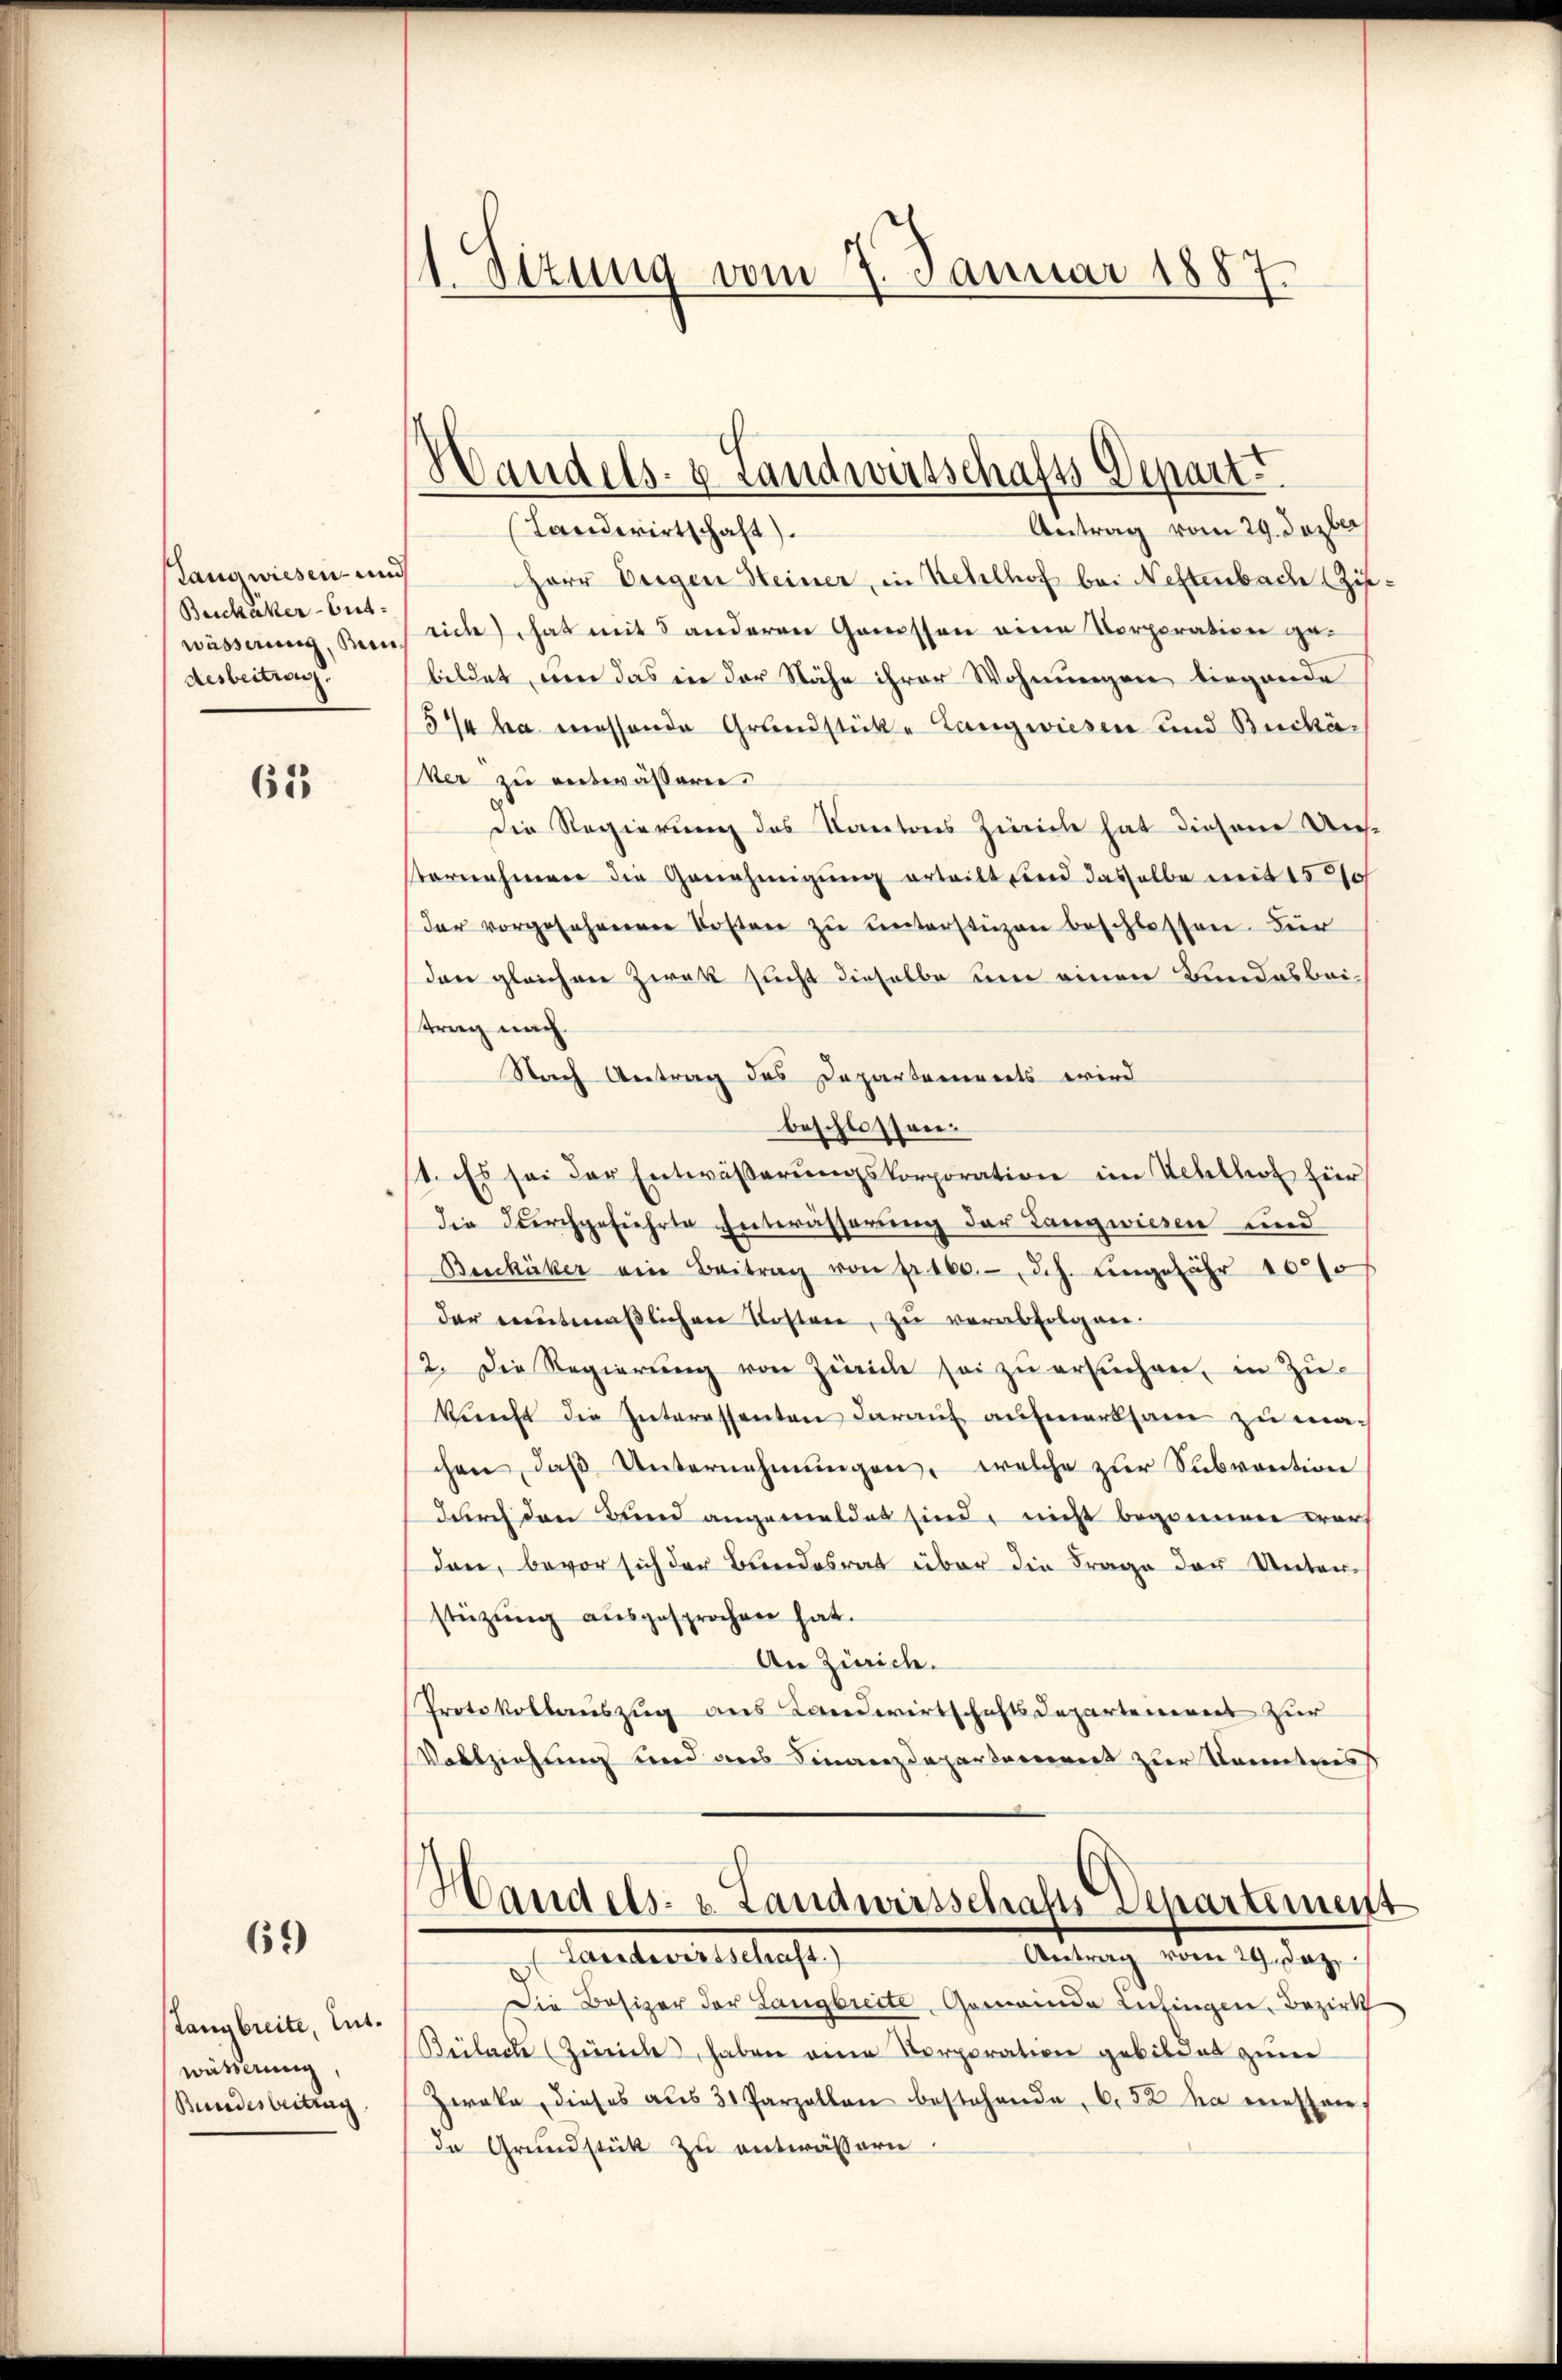
Langwiesen- und
Buchaker-Entdesbeitrag

613

69)

Antrag vom 29. Dezbr
Landwirtschaft).
Herr Weigen Heiner, in Kehlhof bei Neftenbach Ziwässerung, den sich hat mit Sanderen Genossen eine Corporation gebildet, um das in der Nähe ihrer Wohnungen liegende
5% ha messende Grundstücke Langwiesen und Buchä¬
Ver zu entwässern.
die Regierung des Kantons Zürich hat diesem Un-
vornehmen die Genehmigŭng erteilt sind dasselbe mit 15570/
der vorgesehenen Kosten zŭ ŭnterstüzen beschlossen. Für
den gleichen Zwek sucht dieselbe um einen Bundesbeitrag nach.
Nach Antrag des Departaments wird
beschlossen:
1. Es sei der Entwässerungskorporation im Wehlhof für
die durchgeführte Entwässerung der Langwiesen und
Beschiker ein Beitrag von pr. 100.- d.h. ungefähr 10000 f
der entmaßlichen Kosten, zu verabfolgen.
2. Die Regierŭng von Zürich sei zŭ ersŭchen, in Zŭ-
kunft die Interessanten darauf aufmerksam zu mach
chen, daß Unternehmungen, welche zur Subvention
durch den Bund angemeldet sind, nicht begonnen warf
den, bevor sich der Bundesrat über die Frage der Unterstützung ausgesprochen hat.
An Zürich.
Protokollauszug aus Landwirtschaftsdepartemens zur
Vollziehung und aus Finanzdepartement zur Kenntniss

Langbreite, Entwässerung
Bundesbeitrag

1 Situng vom 7. Januar 1887

Handels- & Landwirtschafts Depart

Handels- u. Landwirtschafts Departement
Lavaterittschaft
Antrag vom 29. Jaz

Die Besizer der Langbreite Gemeinde Lufingen. Bezirk
Beilace (Zürich haben eine Korporation gebildet zum
Zwaka, dieses aus 3 Parzellen bestehende 6. 52 da messen
In Grundstück zu entwässern.